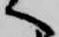
へ